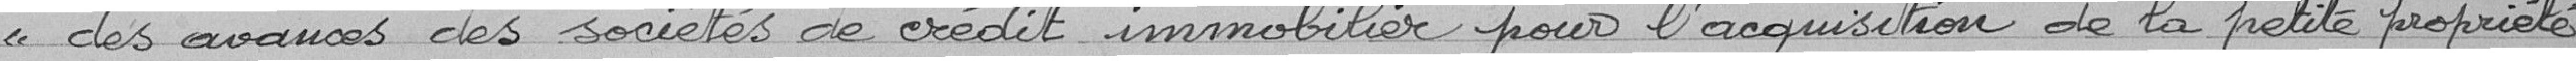
des avances des sociétés de crédit immobilier pour l'acquisition de la petite propriété